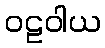
ဝဠဝါယ